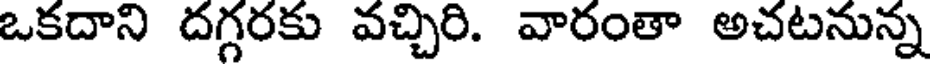
ఒకదాని దగ్గరకు వచ్చిరి. వారంతా అచటనున్న